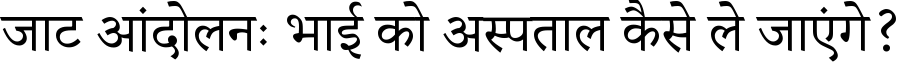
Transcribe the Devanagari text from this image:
जाट आंदोलनः भाई को अस्पताल कैसे ले जाएंगे?